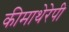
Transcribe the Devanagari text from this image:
कीमाथेरेपी